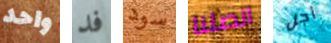
واحد فد سود اتصلنا أجل